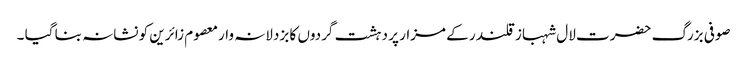
صوفی بزرگ حضرت لال شہباز قلندر کے مزار پر دہشت گردوں کا بزدلانہ وارمعصوم زائرین کو نشانہ بنا گیا ۔